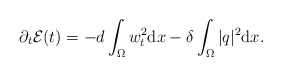
\begin{align*}\partial_{t} \mathcal{E}(t) = -d \int_{\Omega} w_{t}^{2} \mathrm{d} x - \delta \int_{\Omega} |q|^{2} \mathrm{d} x. \end{align*}